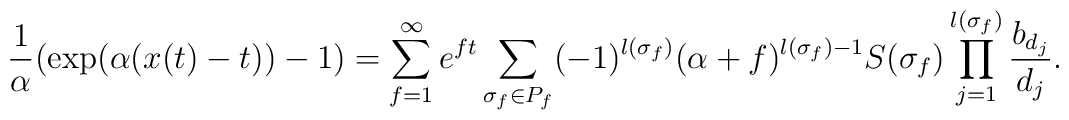
\frac{1}{\alpha}(\exp(\alpha(x(t)-t))-1)=\sum_{f=1}^{\infty}e^{ft}\sum_{\sigma_{f}\in P_{f}}(-1)^{l(\sigma_{f})}(\alpha+f)^{l(\sigma_{f})-1}S(\sigma_{f})\prod_{j=1}^{l(\sigma_{f})}\frac{b_{d_{j}}}{d_{j}}.